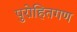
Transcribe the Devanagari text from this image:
पुरोहितगण